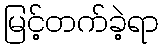
မြင့်တက်ခဲ့ရာ